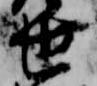
世